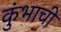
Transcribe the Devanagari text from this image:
कुंभाची